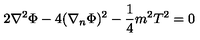
2 \nabla ^ { 2 } \Phi - 4 ( \nabla _ { n } \Phi ) ^ { 2 } - \frac { 1 } { 4 } m ^ { 2 } T ^ { 2 } = 0